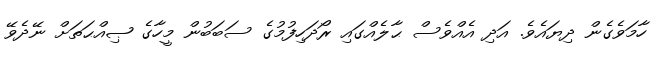
ހާމަވެގެން ދިޔައެވެ. އަދި އެއްވެސް ޙާލެއްގައި ރޯދަހިފުމުގެ ސަބަބުން މީހާގެ ޞިއްޙަތަށް ނޭދެވޭ